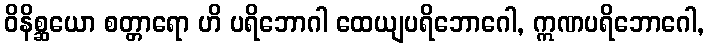
ဝိနိစ္ဆယော စတ္တာရော ဟိ ပရိဘောဂါ ထေယျပရိဘောဂေါ, ဣဏပရိဘောဂေါ,